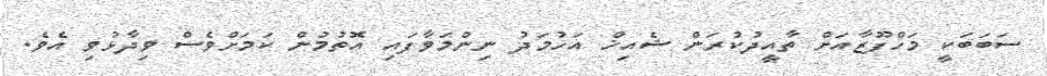
ސަބަބަކީ މަހްފޫޒާއަށް ތާއީދުކުރަން ޝެއިޚް އަހުމަދު ނިންމަވާފައި އޮތުމުން ކަމަށްވެސް ވިދާޅުވި އެވެ.